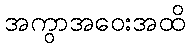
အကွာအဝေးအထိ